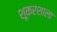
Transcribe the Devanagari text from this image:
शूकरशाला